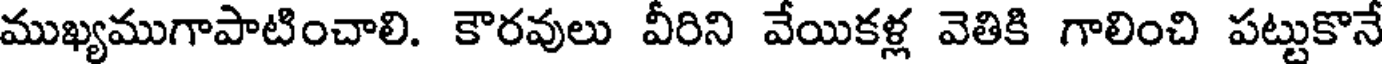
ముఖ్యముగాపాటించాలి. కౌరవులు వీరిని వేయికళ్ల వెతికి గాలించి పట్టుకొనే